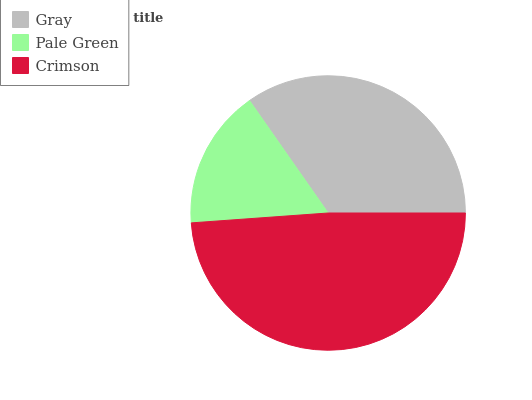
| Gray | Pale Green | Crimson |
 | --- | --- | --- |
 | 34.7% | 16.4% | 48.9% |